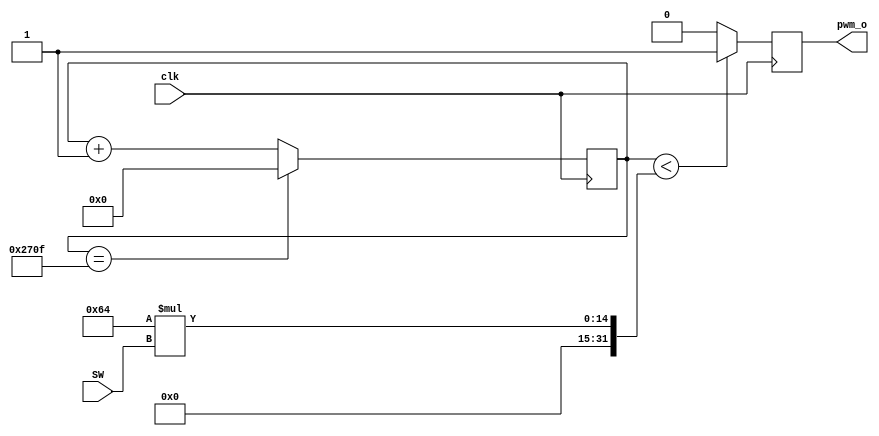
module pwm #(parameter  c_clkfreq = 100_000_000, c_pwmfreq = 10000)(
  input clk,
  input [7:0] SW,
  output reg pwm_o
);

parameter c_timerlim = c_clkfreq/c_pwmfreq;

reg [31:0] timer = 0;
reg [31:0] hightime = c_timerlim/2;

always @(posedge clk) begin
  if (timer == c_timerlim - 1) begin
    timer <= 0;
  end
  else begin
    timer <= timer + 1;
  end
  
  if (timer < hightime) begin
    pwm_o <= 1'b1;
  end
  else begin
    pwm_o <= 1'b0;
  end
end

always @* begin
  hightime = (c_timerlim/100) * SW;
end

endmodule